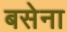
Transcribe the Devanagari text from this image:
बसेना